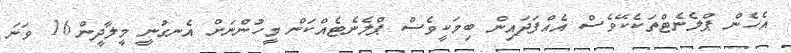
އެހެން ޕްލެނެޓްތަކެކޭވެސް އެއްފަދައިން ބިމަކީވެސް ޕްލެނެޓެއްކަން މީހުންނަށް އެނގުނީ މީލާދީން 16 ވަނަ